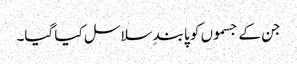
جن کے جسموں کو پابندِ سلاسل کیا گیا۔